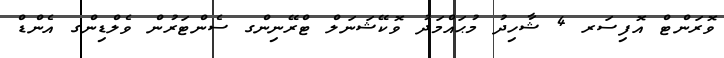
ވޮރަންޓް އޮފިސަރ 4 ޝާހިދު މުޙައްމަދު ވޮކޭޝަނަލް ޓްރޭނިންގ ސެންޓަރުން ވެލްޑިންގ އެންޑް